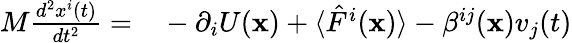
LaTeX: \begin{array}{rl}{M\frac{d^{2}x^{i}(t)}{dt^{2}}=}&{{}-\partial_{i}U({\mathbf x})+\langle\hat{F}^{i}({\mathbf x})\rangle-\beta^{ij}({\mathbf x})v_{j}(t)}\end{array}